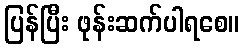
ပြန်ပြီး ဖုန်းဆက်ပါရစေ။